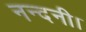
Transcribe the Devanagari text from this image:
नन्दनी।